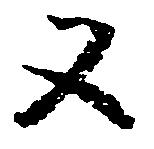
又